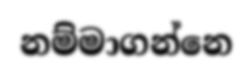
නම්මාගන්නෙ